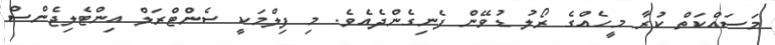
މަސައްކަތް ކުރާ މީހެއްގެ ރޯލު ޑުވޭން ފެނިގެންދެއެވެ. މި ފިލްމަކީ ސެންޓްރަލް އިންޓެލިޖެންސް